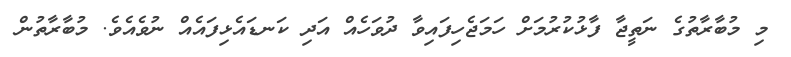
މި މުބާރާތުގެ ނަތީޖާ ފާޅުކުރުމަށް ހަމަޖެހިފައިވާ ދުވަހެއް އަދި ކަނޑައެޅިފައެއް ނުވެއެވެ. މުބާރާތުން